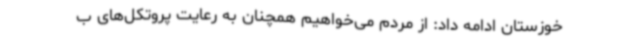
خوزستان ادامه داد: از مردم می‌خواهیم همچنان به رعایت پروتکل‌های ب